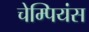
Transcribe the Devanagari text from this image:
चेम्पियंस